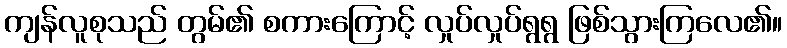
ကျန်လူစုသည် တွမ်၏ စကားကြောင့် လှုပ်လှုပ်ရွရွ ဖြစ်သွားကြလေ၏။